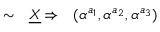
\sim ~ ~ \underline { { { X } } } \Rightarrow ~ ~ ( \alpha ^ { a _ { 1 } } , \alpha ^ { a _ { 2 } } , \alpha ^ { a _ { 3 } } )